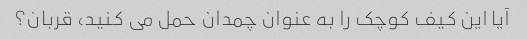
آیا این کیف کوچک را به عنوان چمدان حمل می کنید، قربان؟